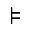
\models